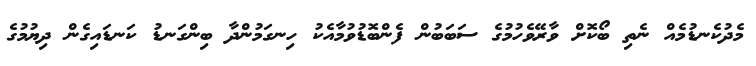
މެދުކެނޑުމެއް ނެތި ބޯކޮށް ވާރޭވެހުމުގެ ސަބަބުން ފެންބޮޑުވުމާއެކު ހިނގަމުންދާ ބިންގަނޑު ކަނޑައިގެން ދިޔުމުގެ